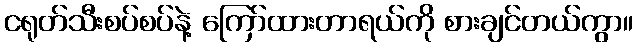
ငရုတ်သီးစပ်စပ်နဲ့ ကြော်ထားတာရယ်ကို စားချင်တယ်ကွာ။